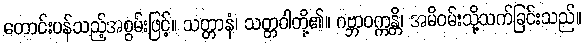
တောင်းပန်သည့်အစွမ်းဖြင့်။ သတ္တာနံ၊ သတ္တဝါတို့၏။ ဂဗ္ဘာဝက္ကန္တိ၊ အမိဝမ်းသို့သက်ခြင်းသည်။